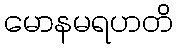
မောနမရဟတိ